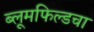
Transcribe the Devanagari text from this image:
ब्लूमफिल्डचा